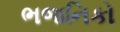
ભજનિકો